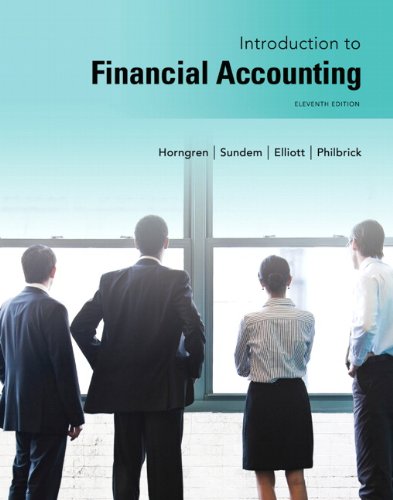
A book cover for Introduction to Financial Accounting (11th Edition); Charles T. Horngren; Business & Money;